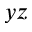
y z